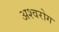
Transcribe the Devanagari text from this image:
अश्वरोग